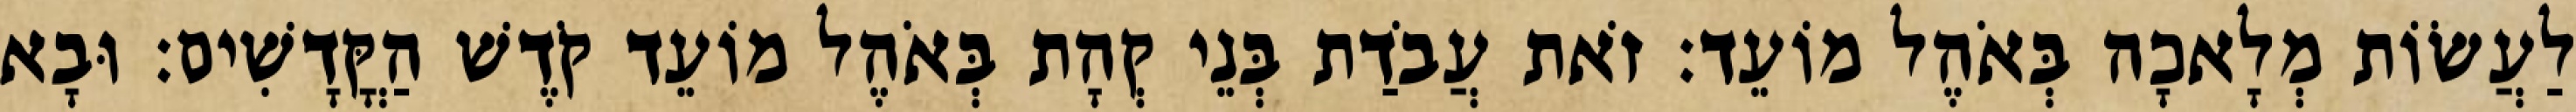
לַעֲשׂוֹת מְלָאכָה בְּאֹהֶל מוֹעֵד׃ זֹאת עֲבֹדַת בְּנֵי קְהָת בְּאֹהֶל מוֹעֵד קֹדֶשׁ הַקֳּדָשִׁים׃ וּבָא